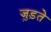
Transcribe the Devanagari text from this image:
जु़ड़ते